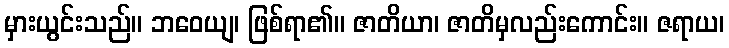
မှားယွင်းသည်။ ဘဝေယျ၊ ဖြစ်ရာ၏။ ဇာတိယာ၊ ဇာတိမှလည်းကောင်း။ ဇရာယ၊